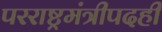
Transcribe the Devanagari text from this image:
परराष्ट्रमंत्रीपदही